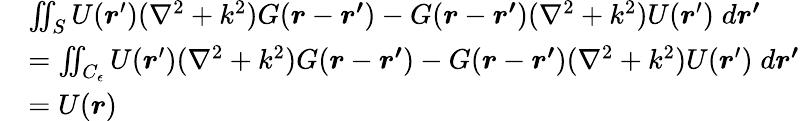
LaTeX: \begin{array}{rl}&{\iint_{S}U(\boldsymbol{r}^{\prime})(\nabla^{2}+k^{2})G(\boldsymbol{r}-\boldsymbol{r^{\prime}})-G(\boldsymbol{r}-\boldsymbol{r^{\prime}})(\nabla^{2}+k^{2})U(\boldsymbol{r}^{\prime})\; d\boldsymbol{r^{\prime}}}\\ &{=\iint_{C_{\epsilon}}U(\boldsymbol{r}^{\prime})(\nabla^{2}+k^{2})G(\boldsymbol{r}-\boldsymbol{r^{\prime}})-G(\boldsymbol{r}-\boldsymbol{r^{\prime}})(\nabla^{2}+k^{2})U(\boldsymbol{r}^{\prime})\; d\boldsymbol{r^{\prime}}}\\ &{=U(\boldsymbol{r})}\end{array}